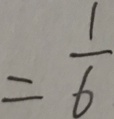
= \frac { 1 } { 6 }